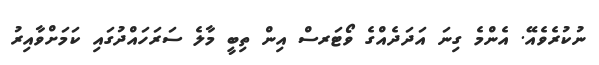
ނުކުރެވެއޭ. އެންމެ ގިނަ އަދަދެއްގެ ވޯޓަރސް އިން ތިބީ މާލެ ސަރަަހައްދުގައި ކަމަށްވާއިރު